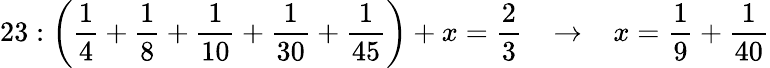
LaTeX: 23:{\bigg(}{\frac{1}{4}}+{\frac{1}{8}}+{\frac{1}{10}}+{\frac{1}{30}}+{\frac{1}{45}}{\bigg)}+x={\frac{2}{3}}\; \; \; \rightarrow\; \; \; x={\frac{1}{9}}+{\frac{1}{40}}